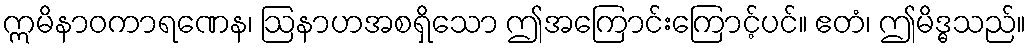
ဣမိနာဝကာရဏေန၊ ဩနာဟအစရှိသော ဤအကြောင်းကြောင့်ပင်။ ဧတံ၊ ဤမိဒ္ဓသည်။